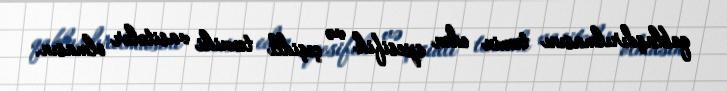
qablaşdırılmasını təmin edən spesifik və çeşidli texniki vasitələr olmasın.